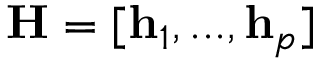
\mathbf { H } = [ \mathbf { h } _ { 1 } , . . . , \mathbf { h } _ { p } ]